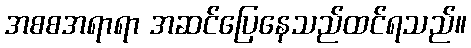
အစစအရာရာ အဆင်ပြေနေသည်ထင်ရသည်။